Vaccine operations Central Provinces & Berar 1922-1929 - 1922-1929
Year: 1922
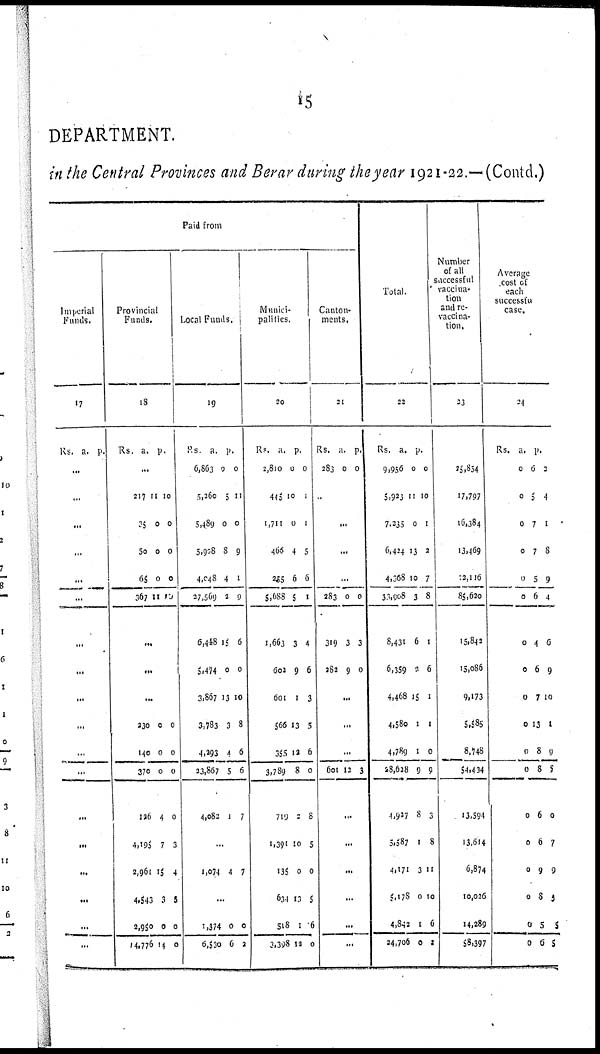
15
DEPARTMENT.
in the Central Provinces and Berar during the year 1921-22.—(Contd.)
Paid from
Imperial
Funds.
17
Rs. a. p.
...
...
...
...
...
...
...
...
...
...
...
...
...
...
...
...
...
...
Provincial
Funds.
18
Rs.
a. p.
...
217
35
50
65
367
11
0
0
0
11
10
0
0
0
19
...
...
...
230
140
370
126
4,195
2,961
4,543
2,950
14,776
0
0
0
4
7
15
3
0
14
0
0
0
0
3
4
5
0
0
Local Funds.
19
Rs.
6,863
5,260
5,489
5,908
4,048
27,569
6,448
5,474
3,867
3,783
4,293
23,867
4,082
a.
0
5
0
8
4
2
15
0
13
3
4
5
1
p.
0
11
0
9
1
0
6
0
10
8
6
6
7
...
1,074 4 7
...
1,374
6,530
0
6
0
2
Munici¬
palities.
20
Rs.
2,810
445
1,711
466
255
5,688
1,663
602
601
566
356
3,789
719
1,391
135
631
518
3,398
a.
0
10
0
4
6
5
3
9
1
13
12
8
2
10
0
13
1
12
p.
0
1
1
5
6
1
4
6
3
5
6
0
8
5
0
5
6
0
Canton-
ments.
21
Rs.
283
a.
0 p.
0
...
...
...
...
283
319
282
0
3
9
0
3
0
...
...
...
601 12 3
...
...
...
...
...
...
Total.
22
Rs.
9,956
5,923
7,235
6,424
4,368
36,908
8,431
6,359
4,468
4,580
4,789
28,628
4,927
5,387
4,171
5,178
4,842
24,706
a.
0
11
0
13
10
3
6
2
15
1
1
9
8
1
3
0
1
0
p.
0
10
1
2
7
8
1
6
1
1
0
9
3
8
11
10
6
2
Number
of all
successful
vaccina-
tion
and re¬
vaccina-
tion.
23
25,854
17,797
16,384
13,469
12,116
85,620
15,842
15,086
9,173
5,585
8,748
54,414
13,594
13,614
6,874
10,026
14,289
58,397
Average
cost of
each
successful
case.
24
Rs.
0
0
0
0
0
0
0
0
0
0
0
0
0
0
0
0
0
0
a.
6
5
7
7
5
6
4
6
7
13
8
8
6
6
9
8
5
6
p.
2
4
1
8
9
4
6
9
10
1
9
5
0
7
9
5
5
5